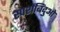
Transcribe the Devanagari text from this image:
स्पर्शबिंदुओ